Sketch of the medical history of the native army of Bombay, for the year
Year: 1872
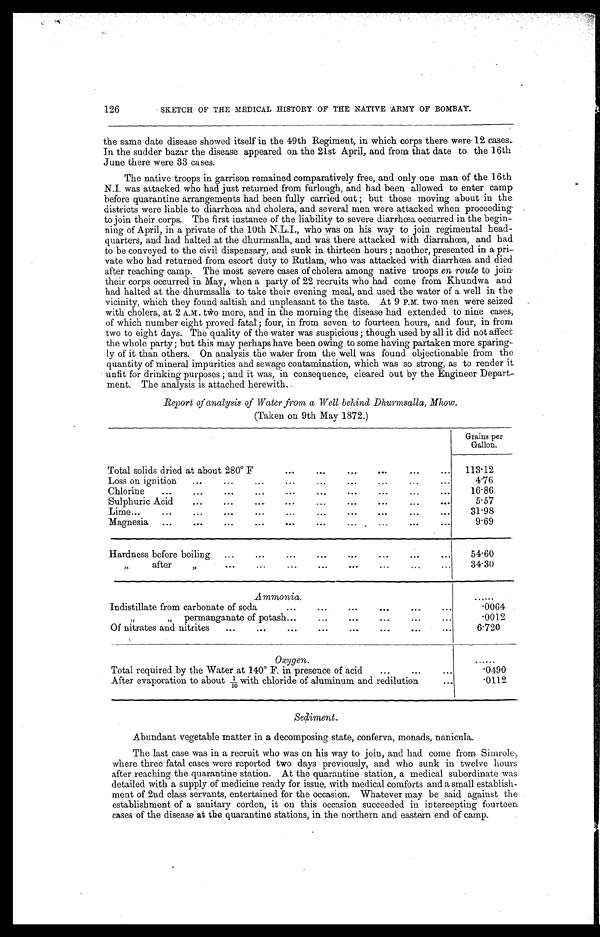
126
SKETCH OF THE MEDICAL HISTORY OF THE NATIVE ARMY OF BOMBAY.
the same date disease showed itself in the 49th Regiment, in which corps there were 12 cases.
In the sudder bazar the disease appeared on the 21st April, and from that date to the 16th
June there were 33 cases.
The native troops in garrison remained comparatively free, and only one man of the 16th
N.I. was attacked who had just returned from furlough, and had been allowed to enter camp
before quarantine arrangements had been fully carried out; but those moving about in the
districts were liable to diarrhœa and cholera, and several men were attacked when proceeding
to join their corps. The first instance of the liability to severe diarrhœa occurred in the begin
-ning of April, in a private of the 10th N.L.I., who was on his way to join regimental head
-quarters, and had halted at the dhurmsalla, and was there attacked with diarrahœa, and had
to be conveyed to the civil dispensary, and sunk in thirteen hours; another, presented in a pri
-vate who had returned from escort duty to Rutlam, who was attacked with diarrhœa and died
after reaching camp. The most severe cases of cholera among native troops en route to join
their corps occurred in May, when a party of 22 recruits who had come from Khundwa and
had halted at the dhurmsalla to take their evening meal, and used the water of a well in the
vicinity, which they found saltish and unpleasant to the taste. At 9 P.M. two men were seized
with cholera, at 2 A.M. two more, and in the morning the disease had extended to nine cases,
of which number eight proved fatal; four, in from seven to fourteen hours, and four, in from
two to eight days. The quality of the water was suspicious; though used by all it did not affect
the whole party; but this may perhaps have been owing to some having partaken more sparing
-ly of it than others. On analysis the water from the well was found objectionable from the
quantity of mineral impurities and sewage contamination, which was so strong, as to render it
unfit for drinking purposes; and it was, in consequence, cleared out by the Engineer Depart
-ment. The analysis is attached herewith.
Report of analysis of Water from a Well behind Dhurmsalla, Mhow.
(Taken on 9th May 1872.)
Grains per
Gallon.
Total solids dried at about 280° F . . . 113.12
Loss on ignition . . .
4.76
Chlorine
.
.
.
16.86
S u l p h r i c A c i d . . .
5.57
Lime
.
.
.
31.98
Magnesia
.
.
.
9.69
Hardness before boiling . . .
54.60
" a f t e r " . . .
34.30
Ammonia.
. . .
Indistillate from carbonate of soda . . .
.0064
" " permanganate of potash . . .
.0012
Of nitrates and nitrites . . .
6.720
Oxyg en .
. . .
Total required by the Water at 140° F. in presence of acid . . .
.0490
After evaporation to about 1/10w i t h c h l o r i d e
o f
a l u m i n u m a n d r e d i l u t i o n . . .
.0112
Sediment.
Abundant vegetable matter in a decomposing state, conferva, monads, nanicula.
The last case was in a recruit who was on his way to join, and had come from Simrole
where three fatal cases were reported two days previously, and who sunk in twelve hours
after reaching the quarantine station. At the quarantine station, a medical subordinate was
detailed with a supply of medicine ready for issue, with medical comforts and a small establish
- m e n t o f 2 n d c l a s s s e r v a n t s , e n t e r t a i n e d f o r t h e o c c a s i o n . W h a t e v e r m a y b e s a i d a g a i n s t t h e
establishment of a sanitary cordon, it on this occasion succeeded in intercepting fourteen
cases of the disease at the quarantine stations, in the northern and eastern end of camp.